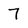
Character: 7